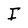
Character: I